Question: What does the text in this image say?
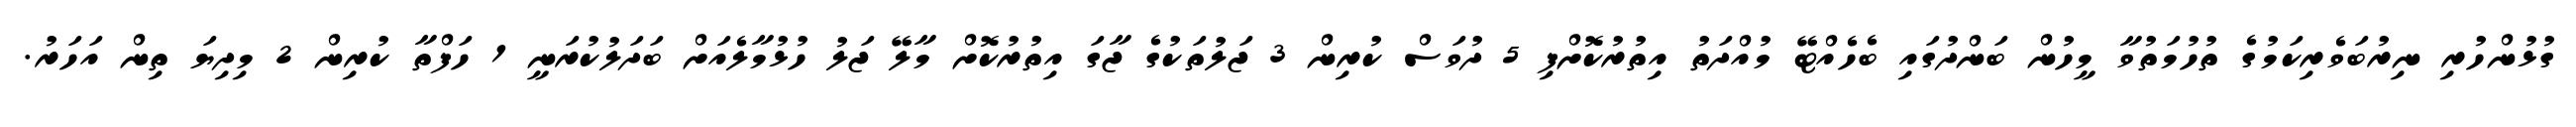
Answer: ގުޅުންހުރި ނިރުބަވެރިކަމުގެ ތުހުމަތުވާ މީހުން ބަންދުގައި ބެހެއްޓޭ މުއްދަތު އިތުރުކޮށްފި 5 ދުވަސް ކުރިން 3 ޖަލުތަކުގެ ޖާގަ އިތުރުކޮށް މާލޭ ޖަލު ހުޅުމާލެއަށް ބަދަލުކުރަނީ 1 ހަފްތާ ކުރިން 2 މިދިޔަ ތިން އަހަރު.